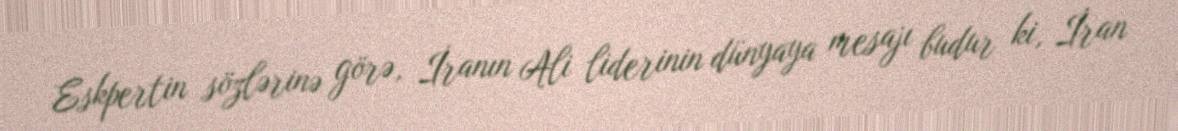
Eskpertin sözlərinə görə, İranın Ali liderinin dünyaya mesajı budur ki, İran